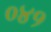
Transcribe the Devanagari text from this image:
०४१